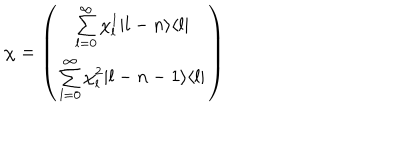
LaTeX: \chi = \left( \begin{array} { c } { { \sum _ { l = 0 } ^ { \infty } \chi _ { l } ^ { 1 } | l - n \rangle \langle l | } } \\ { { \sum _ { l = 0 } ^ { \infty } \chi _ { l } ^ { 2 } | l - n - 1 \rangle \langle l | } } \\ \end{array} \right)